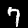
Digit: 7